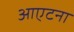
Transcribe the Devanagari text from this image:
आएटना